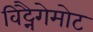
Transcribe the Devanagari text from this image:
विट्नैगेमोट